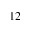
^ { 1 2 }